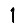
Digit: 1